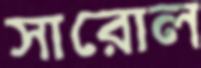
সারোল